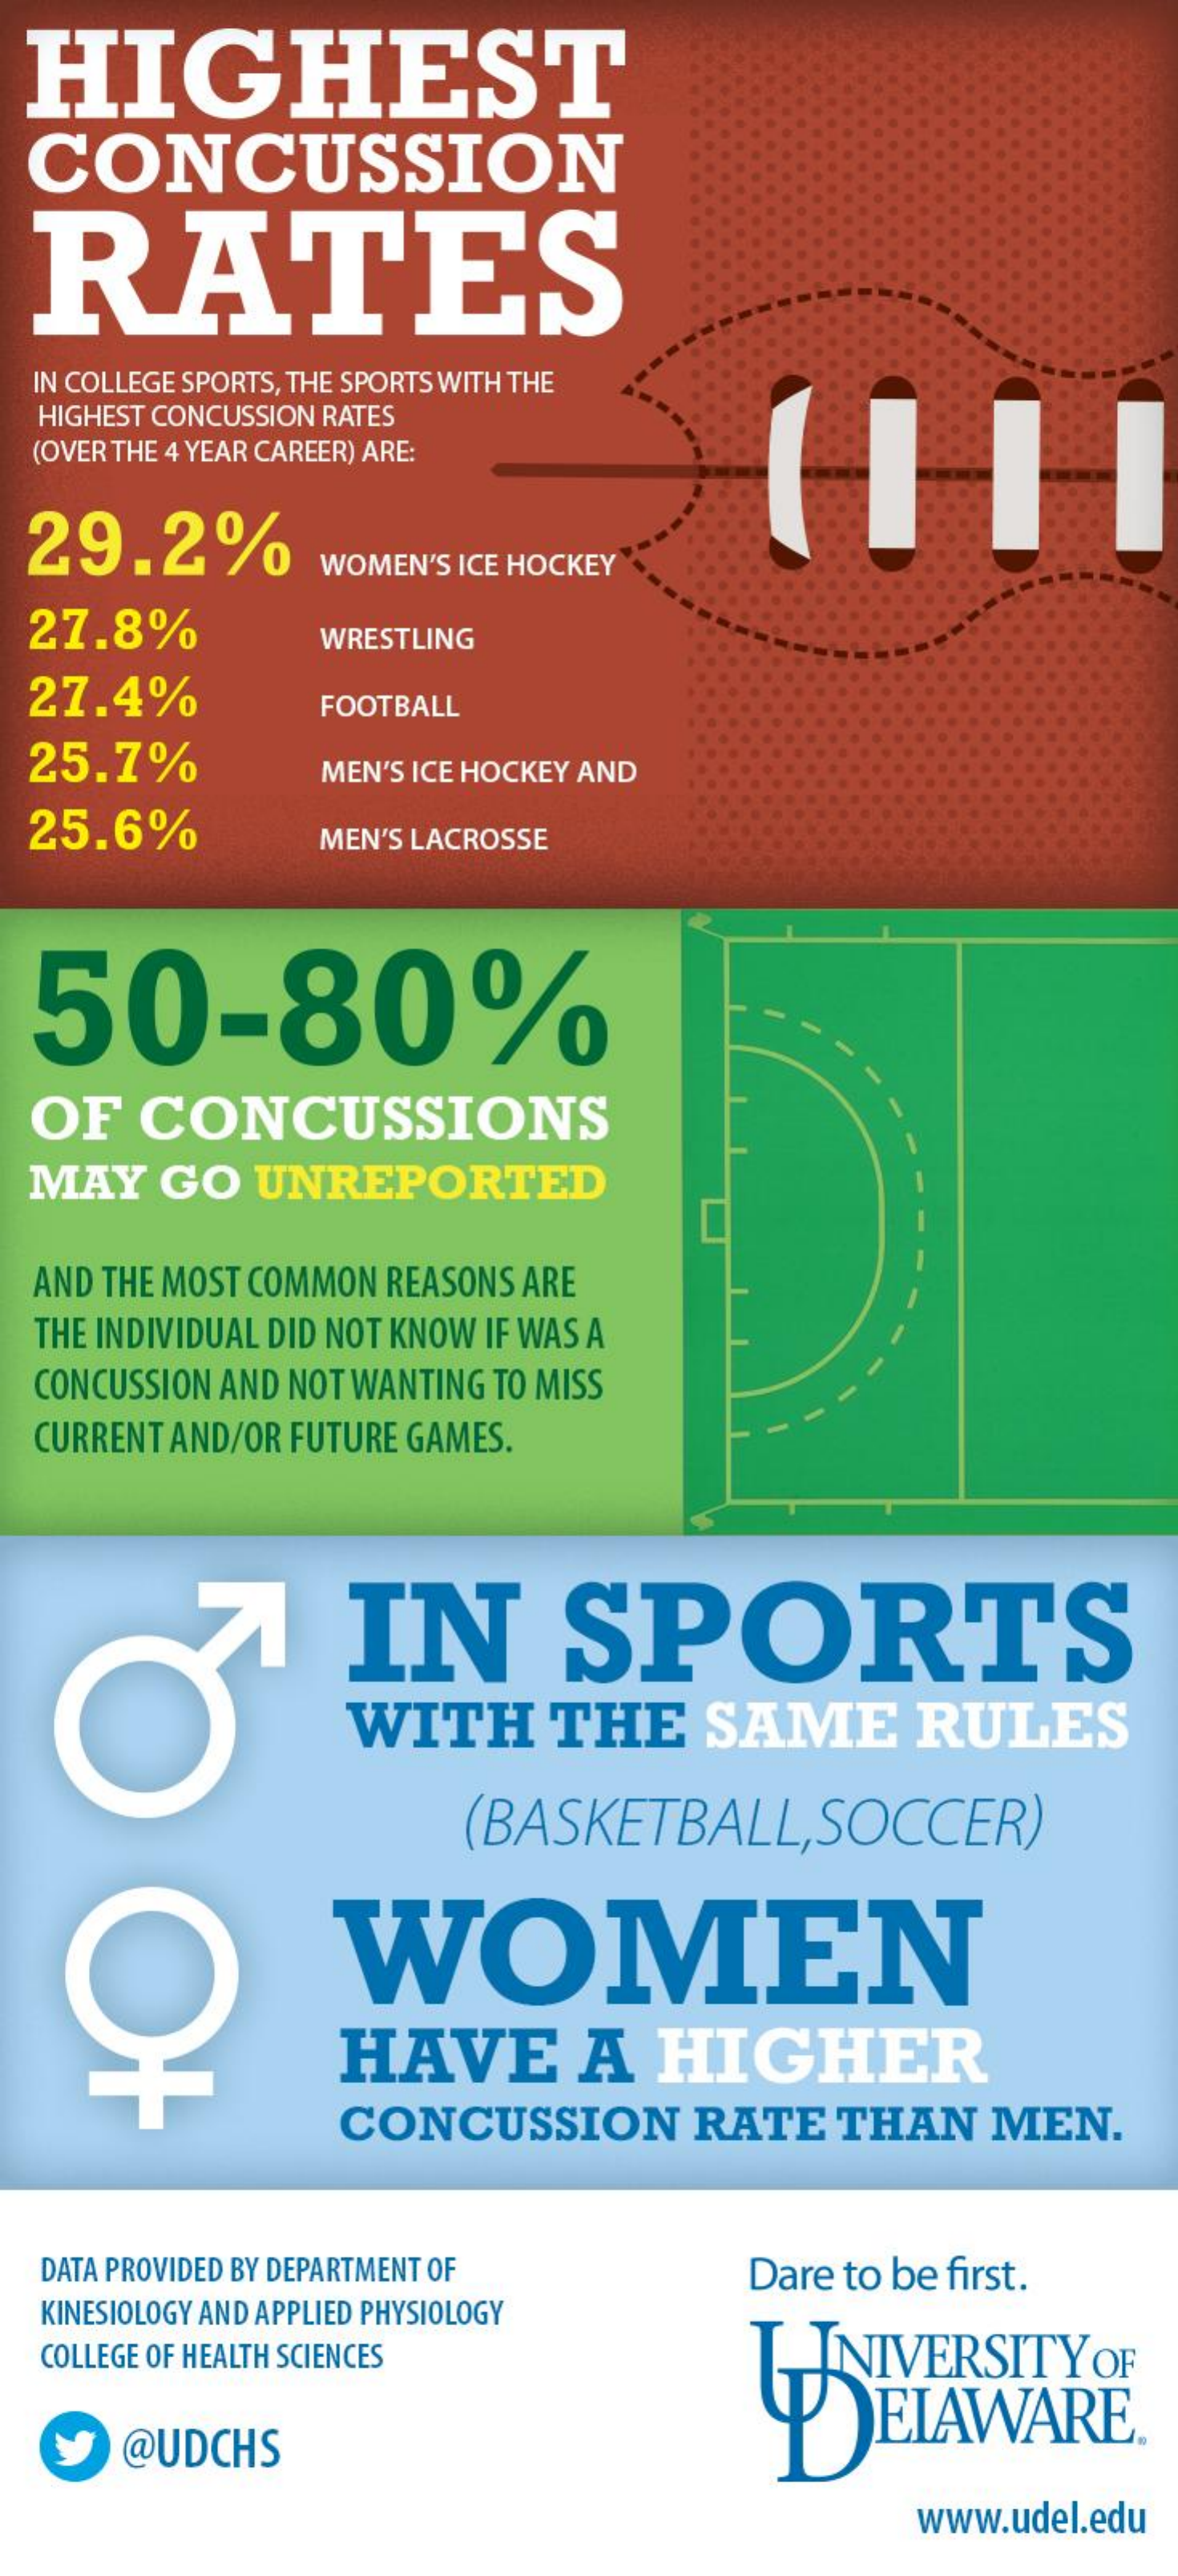
HIGHEST
  CONCUSSION
  RATES
  IN COLLEGE SPORTS, THE SPORTS WITH THE
  HIGHEST CONCUSSION RATES
     (H1
  (OVER THE 4 YEAR CAREER) ARE:
  29.2%
     WOMEN'S ICE HOCKEY
  27.8%    WRESTLING
  27.4%    FOOTBALL
  25.7%    MEN'S ICE HOCKEY AND
  25.6%    MEN'S LACROSSE
  50-80%
  OF  CONCUSSIONS
  MAY  GO  UNREPORTED
  AND THE MOST COMMON REASONS ARE
  THE INDIVIDUAL DID NOT KNOW IF WAS A
  CONCUSSION AND NOT WANTING TO MISS
  CURRENT AND/OR FUTURE GAMES.
     IN    SPORTS
     WITH    THE    SAME    RULES
     (BASKETBALL,SOCCER)
     WOMEN
     HAVE    A   HIGHER
     CONCUSSION    RATE  THAN  MEN.
  DATA PROVIDED BY DEPARTMENT OF Dare to be first.
  KINESIOLOGY AND APPLIED PHYSIOLOGY
  COLLEGE OF HEALTH SCIENCES    INIVERSITY OF
     @UDCHS
     ELAWARE.
     www.udel.edu